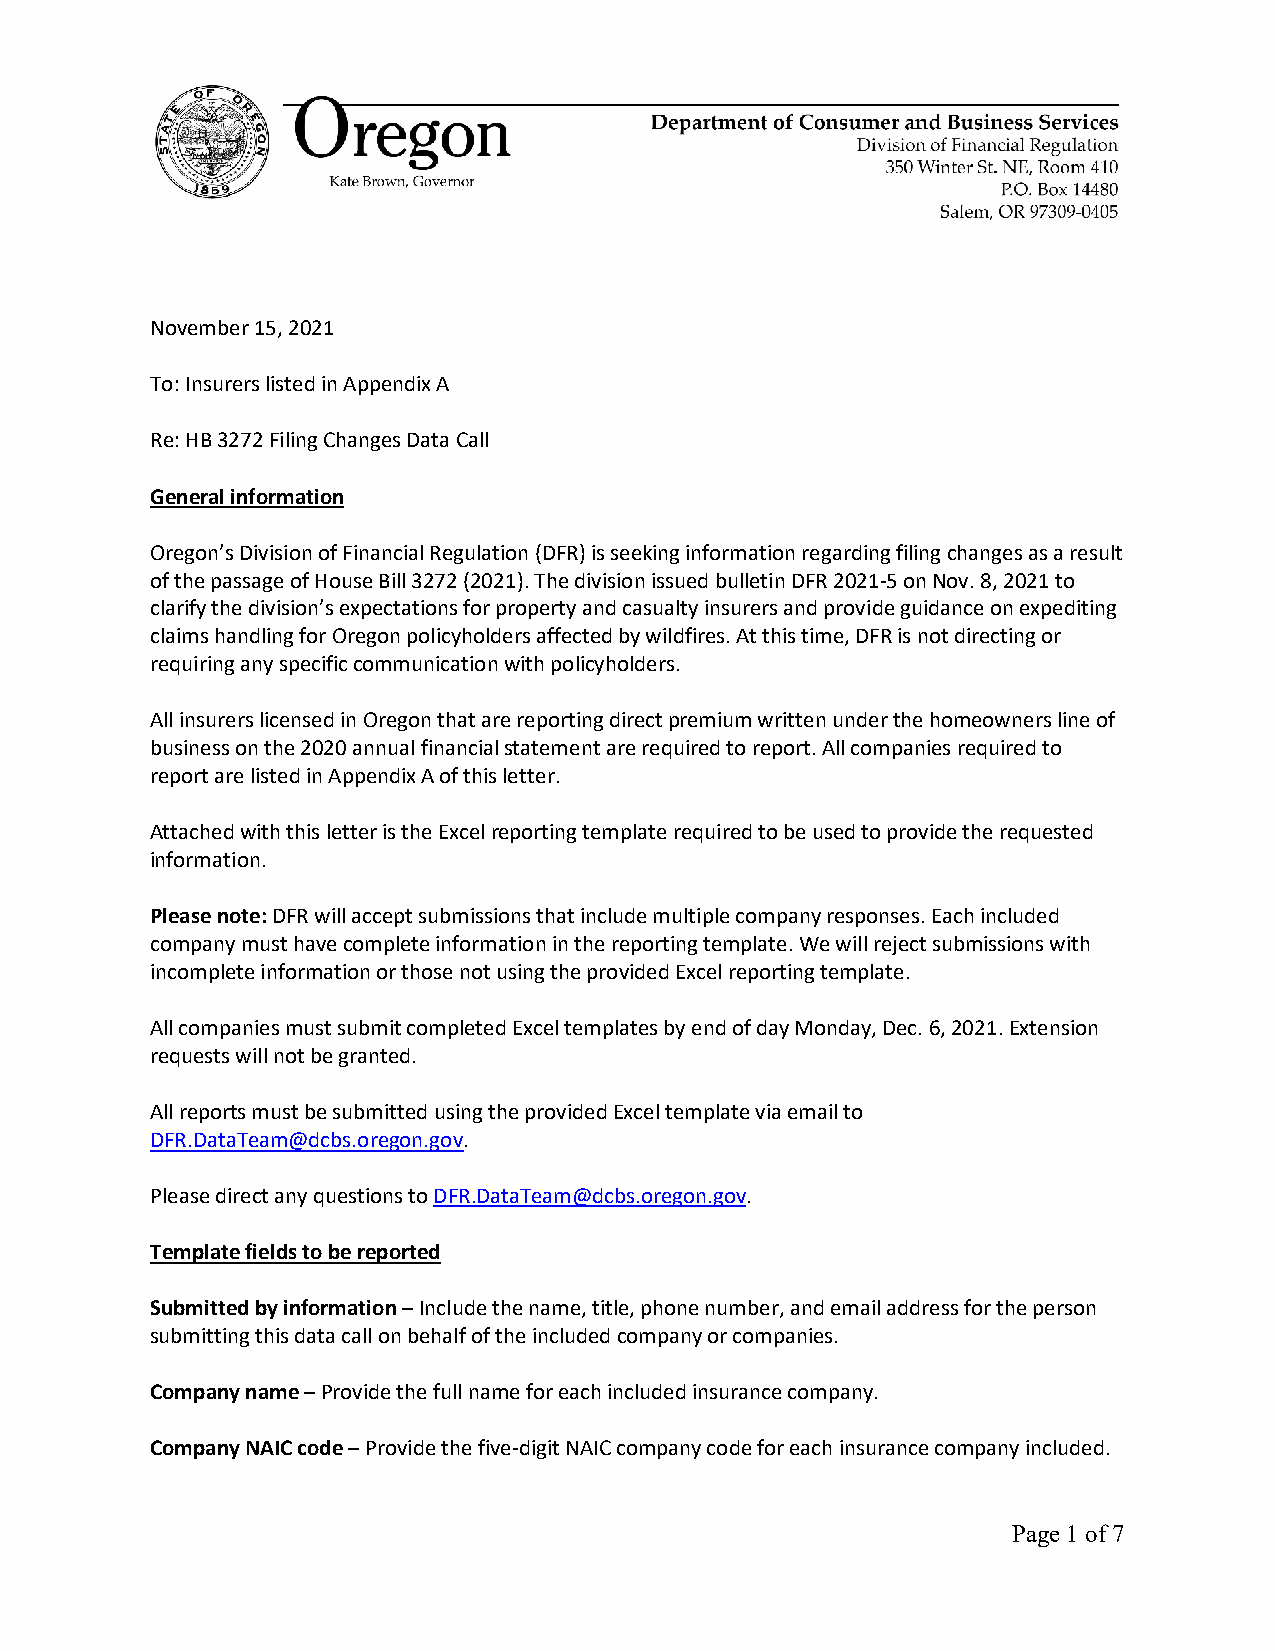
November 15, 2021
 To: Insurers listed in Appendix A
 Re: HB 3272 Filing Changes Data Call
 General information
 Oregon’s Division of Financial Regulation (DFR) is seeking information regarding filing changes as a result
 of the passage of House Bill 3272 (2021). The division issued bulletin DFR 2021-5 on Nov. 8, 2021 to
 clarify the division’s expectations for property and casualty insurers and provide guidance on expediting
 claims handling for Oregon policyholders affected by wildfires. At this time, DFR is not directing or
 requiring any specific communication with policyholders.
 All insurers licensed in Oregon that are reporting direct premium written under the homeowners line of
 business on the 2020 annual financial statement are required to report. All companies required to
 report are listed in Appendix A of this letter.
 Attached with this letter is the Excel reporting template required to be used to provide the requested
 information.
 Please note: DFR will accept submissions that include multiple company responses. Each included
 company must have complete information in the reporting template. We will reject submissions with
 incomplete information or those not using the provided Excel reporting template.
 All companies must submit completed Excel templates by end of day Monday, Dec. 6, 2021. Extension
 requests will not be granted.
 All reports must be submitted using the provided Excel template via email to
 DFR.DataTeam@dcbs.oregon.gov.
 Please direct any questions to DFR.DataTeam@dcbs.oregon.gov.
 Template fields to be reported
 Submitted by information – Include the name, title, phone number, and email address for the person
 submitting this data call on behalf of the included company or companies.
 Company name – Provide the full name for each included insurance company.
 Company NAIC code – Provide the five-digit NAIC company code for each insurance company included.
 Page 1 of 7